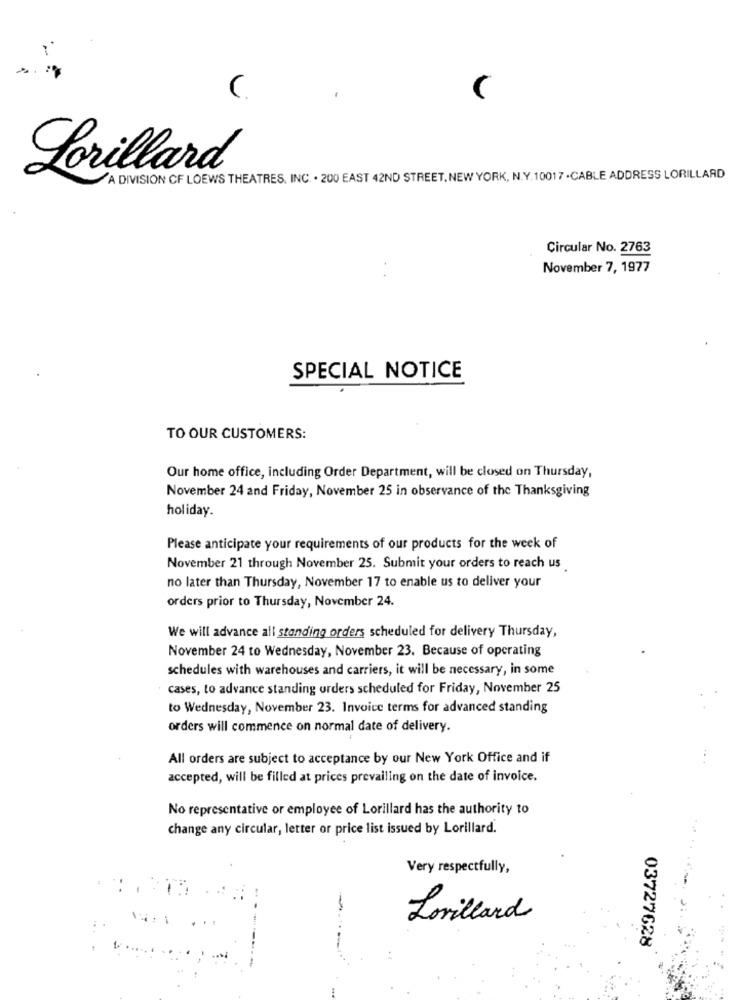
(
Lorillard
A DIVISION CF LOEWS THEATRES, INC. . 200 EAST 42ND STREET. NEW YORK, N.Y.10017 -CABLE ADDRESS LORILLARD
Circular No. 2763
November 7, 1977
SPECIAL NOTICE
TO OUR CUSTOMERS:
Our home office, including Order Department, will be closed on Thursday,
November 24 and Friday, November 25 in observance of the Thanksgiving
holiday.
Please anticipate your requirements of our products for the week of
November 21 through November 25. Submit your orders to reach us
no later than Thursday, November 17 to enable us to deliver your
orders prior to Thursday, November 24.
We will advance all standing orders scheduled for delivery Thursday,
November 24 to Wednesday, November 23. Because of operating
schedules with warehouses and carriers, it will be necessary, in some
cases, to advance standing orders scheduled for Friday, November 25
to Wednesday, November 23. Invoice terms for advanced standing
orders will commence on normal date of delivery.
All orders are subject to acceptance by our New York Office and if
accepted, will be filled at prices prevailing on the date of invoice.
No representative or employee of Lorillard has the authority to
change any circular, letter or price list issued by Lorillard.
Very respectfully,
-
Lorillard
03727628
--